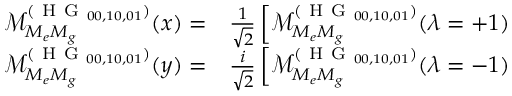
\begin{array} { r l } { \mathcal { M } _ { M _ { e } M _ { g } } ^ { ( \mathrm { ~ H ~ G ~ } _ { 0 0 , 1 0 , 0 1 } ) } ( x ) = } & { { } \frac { 1 } { \sqrt { 2 } } \left[ \mathcal { M } _ { M _ { e } M _ { g } } ^ { ( \mathrm { ~ H ~ G ~ } _ { 0 0 , 1 0 , 0 1 } ) } ( \lambda = + 1 ) \right. } \\ { \mathcal { M } _ { M _ { e } M _ { g } } ^ { ( \mathrm { ~ H ~ G ~ } _ { 0 0 , 1 0 , 0 1 } ) } ( y ) = } & { { } \frac { i } { \sqrt { 2 } } \left[ \mathcal { M } _ { M _ { e } M _ { g } } ^ { ( \mathrm { ~ H ~ G ~ } _ { 0 0 , 1 0 , 0 1 } ) } ( \lambda = - 1 ) \right. } \end{array}